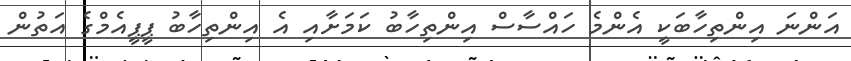
އަންނަ އިންތިހާބަކީ އެންމެ ހައްސާސް އިންތިހާބު ކަމަށާއި އެ އިންތިހާބު ޕީޕީއެމްގެ އަތުން